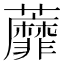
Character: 蘼